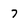
Character: 7